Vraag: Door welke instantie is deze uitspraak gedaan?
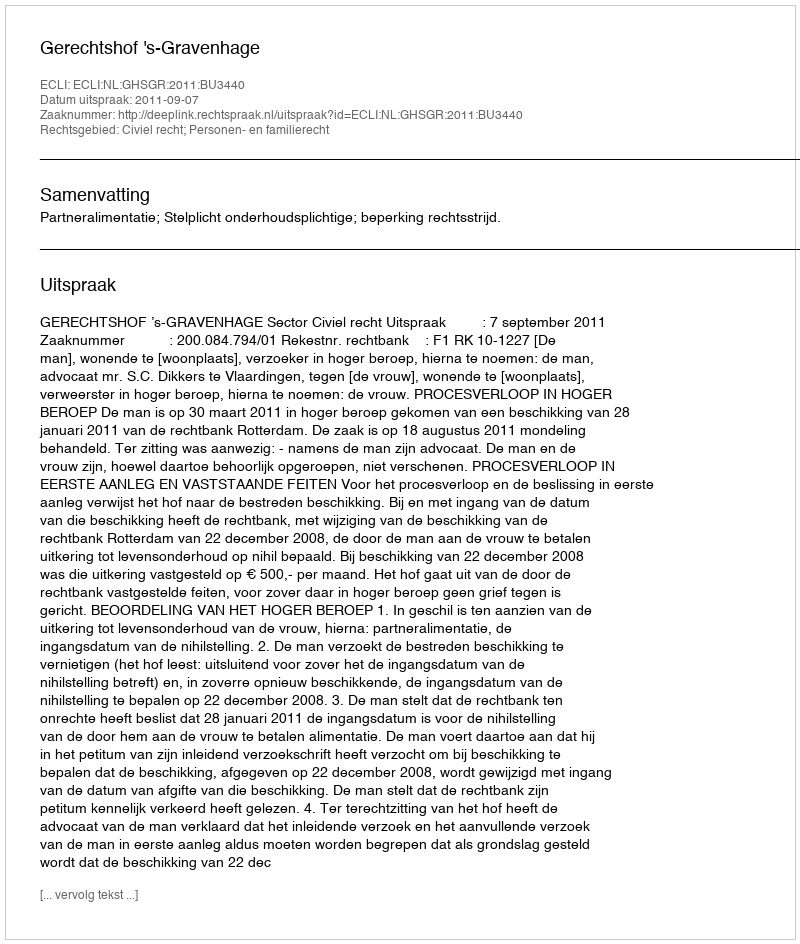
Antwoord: Gerechtshof 's-Gravenhage